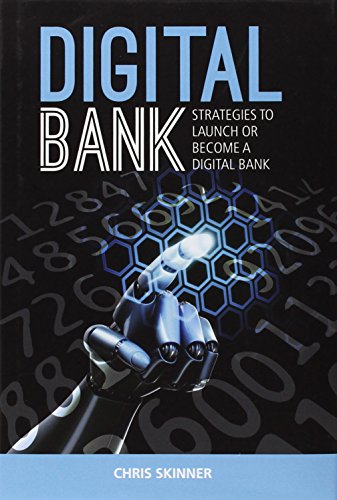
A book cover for Digital Bank: Strategies to Launch or Become a Digital Bank; Chris Skinner; Business & Money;